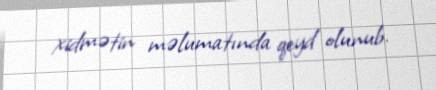
xidmətin məlumatında qeyd olunub.